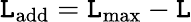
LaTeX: \mathtt{L}_{\mathrm{{add}}}=\mathtt{L}_{\mathrm{{max}}}-\mathtt{L}